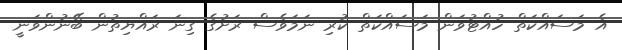
އެ މަސައްކަތް ހުއްޓުވަން މަސައްކަތް ކުރި ނަމަވެސް ރަށުގެ ގިނަ ރައްޔިތުން ބޭނުންވަނީ